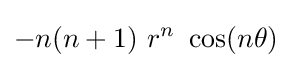
-n(n+1)~r^{n}~\cos(n\theta )